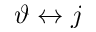
\vartheta \leftrightarrow j